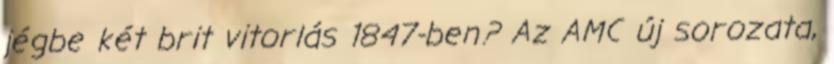
jégbe két brit vitorlás 1847-ben? Az AMC új sorozata,